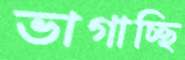
ভাগাচ্ছি